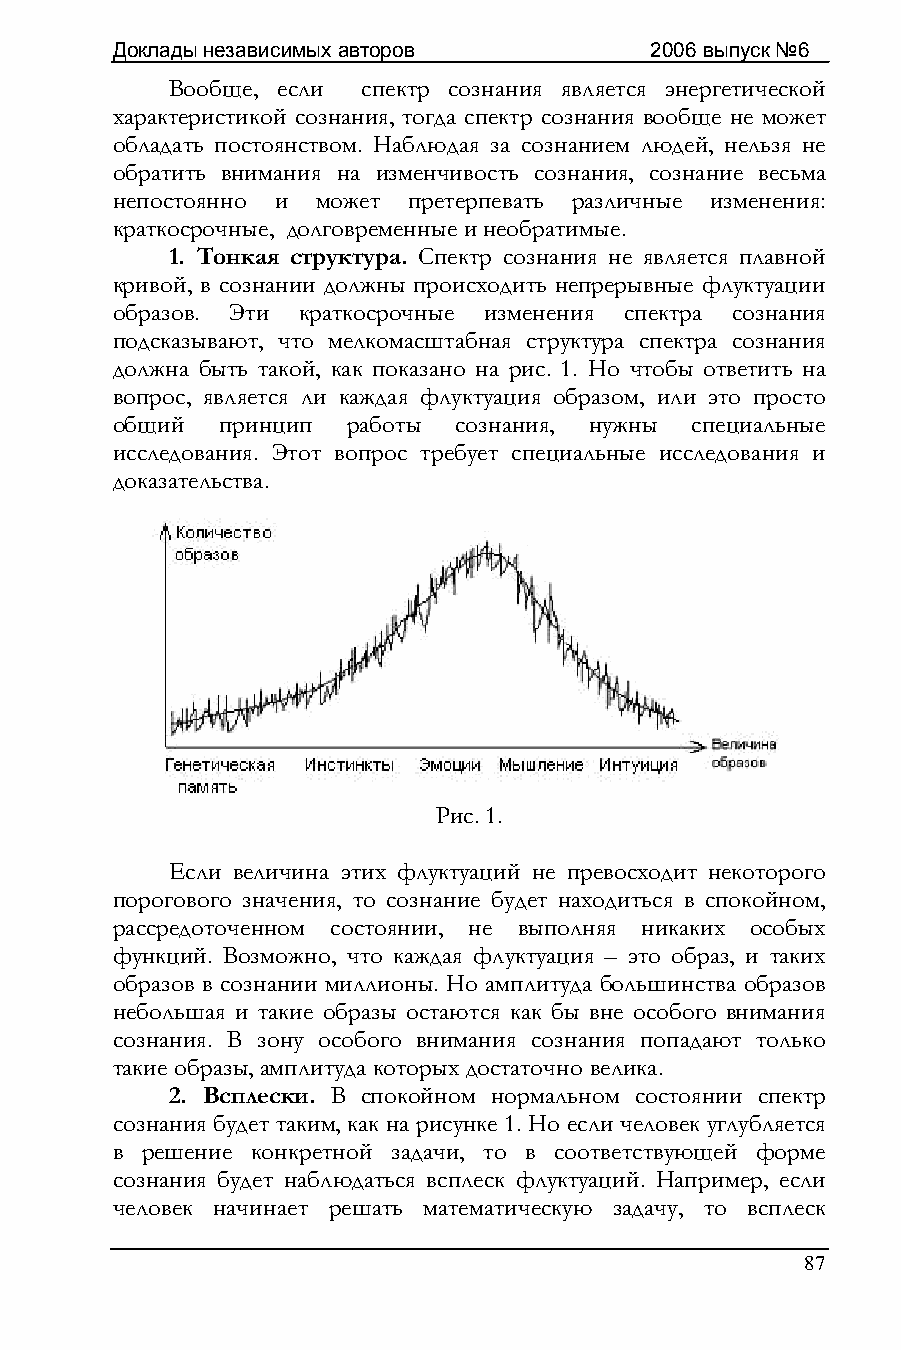
Доклады независимых авторов         2006 выпуск №6
 Вообще, если спектр сознания является энергетической
 характеристикой сознания, тогда спектр сознания вообще не может
 обладать постоянством. Наблюдая за сознанием людей, нельзя не
 обратить внимания на изменчивость сознания, сознание весьма
 непостоянно и может претерпевать различные изменения:
 краткосрочные, долговременные и необратимые.
 1. Тонкая структура. Спектр сознания не является плавной
 кривой, в сознании должны происходить непрерывные флуктуации
 образов. Эти краткосрочные изменения спектра сознания
 подсказывают, что мелкомасштабная структура спектра сознания
 должна быть такой, как показано на рис. 1. Но чтобы ответить на
 вопрос, является ли каждая флуктуация образом, или это просто
 общий  принцип  работы сознания, нужны специальные
 исследования. Этот вопрос требует специальные исследования и
 доказательства.
 Рис. 1.
 Если величина этих флуктуаций не превосходит некоторого
 порогового значения, то сознание будет находиться в спокойном,
 рассредоточенном состоянии, не выполняя никаких особых
 функций. Возможно, что каждая флуктуация – это образ, и таких
 образов в сознании миллионы. Но амплитуда большинства образов
 небольшая и такие образы остаются как бы вне особого внимания
 сознания. В зону особого внимания сознания попадают только
 такие образы, амплитуда которых достаточно велика.
 2. Всплески. В спокойном нормальном состоянии спектр
 сознания будет таким, как на рисунке 1. Но если человек углубляется
 в решение конкретной задачи, то в соответствующей форме
 сознания будет наблюдаться всплеск флуктуаций. Например, если
 человек начинает решать математическую задачу, то всплеск
 87